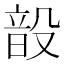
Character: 𮸳